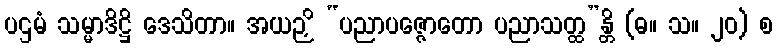
ပဌမံ သမ္မာဒိဋ္ဌိ ဒေသိတာ။ အယဉှိ “ပညာပဇ္ဇောတော ပညာသတ္ထ”န္တိ (ဓ။ သ။ ၂၀) စ